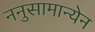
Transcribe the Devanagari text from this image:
ननुसामान्येन